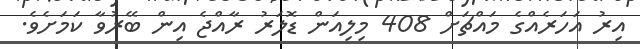
އިރު އަހަރެއްގެ މައްޗަށް 408 މިލިއަން ޑޮލަރު ރާއްޖެ އިން ބޭރުވާ ކަމަށެވެ.